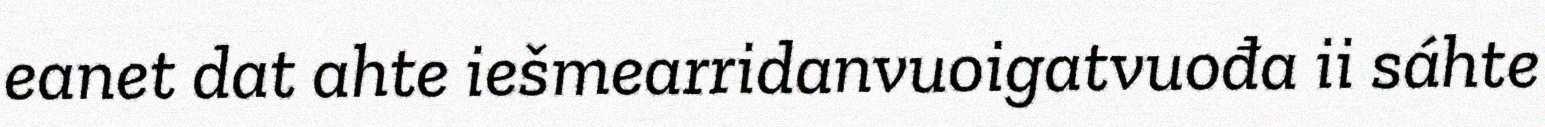
eanet dat ahte iešmearridanvuoigatvuođa ii sáhte